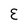
Character: E